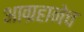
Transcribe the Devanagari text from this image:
आग्रहानेच